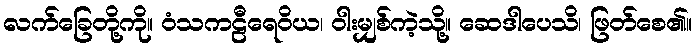
လက်ခြေတို့ကို။ ဝံသကဠီရေဝိယ၊ ဝါးမျှစ်ကဲ့သို့။ ဆေဒါပေသိ၊ ဖြတ်စေ၏။